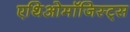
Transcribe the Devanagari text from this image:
एथिओमॉजिस्ट्स